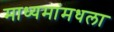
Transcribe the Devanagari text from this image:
माध्यमांमधला